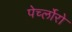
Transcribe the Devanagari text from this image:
पेर्च्लोरो